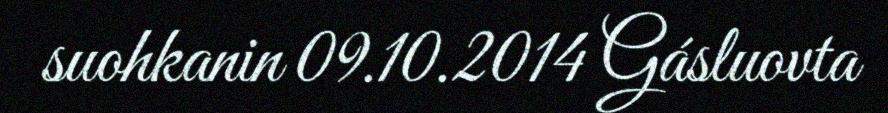
suohkanin 09.10.2014 Gásluovta